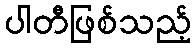
ပါတီဖြစ်သည့်